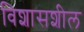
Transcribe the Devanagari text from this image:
विशासशील